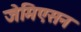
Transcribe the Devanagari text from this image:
जेमिएसन